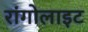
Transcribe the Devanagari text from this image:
रांगोलाइट